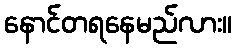
နောင်တရနေမည်လား။